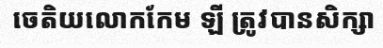
ចេតិយលោកកែម ឡី ត្រូវបានសិក្សា